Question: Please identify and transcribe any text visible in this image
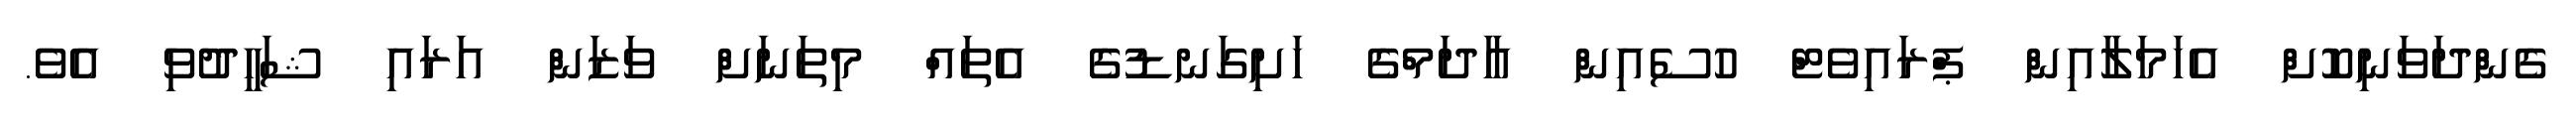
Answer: ގެންދަވަނިކޮށް އެހަމަލާއިން ޕްރައިވެޓް ހުސެއިން އާދަމްގެ ހަށިގަނޑުގެ އެތައް މިތަނަށް ވަޒަން އަރައި ޝަހީދުވި އެވެ.